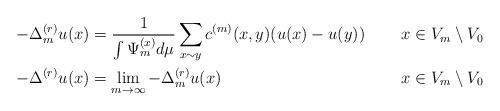
LaTeX: \begin{align*} -\Delta_m^{(r)} u(x) &= \frac{1}{\int \Psi_m^{(x)} d\mu} \sum_{x\sim y} c^{(m)}(x, y) (u(x) - u(y)) && x\in V_m\setminus V_0\\ -\Delta^{(r)} u(x) &= \lim_{m\to\infty} -\Delta_m^{(r)} u(x) && x\in V_m\setminus V_0\end{align*}